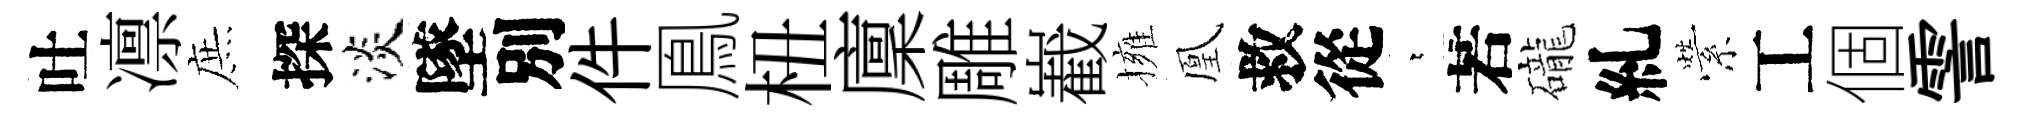
吐凛庶探淡墜別件鳯杻廩雕嶻擁凰救從萋若礲糺縈工個霅